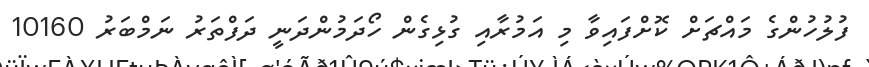
ފުލުހުންގެ މައްޗަށް ކޮށްފައިވާ މި އަމުރާއި ގުޅިގެން ހޯދަމުންދަނީ ދަފްތަރު ނަމްބަރު 10160